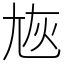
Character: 㞀